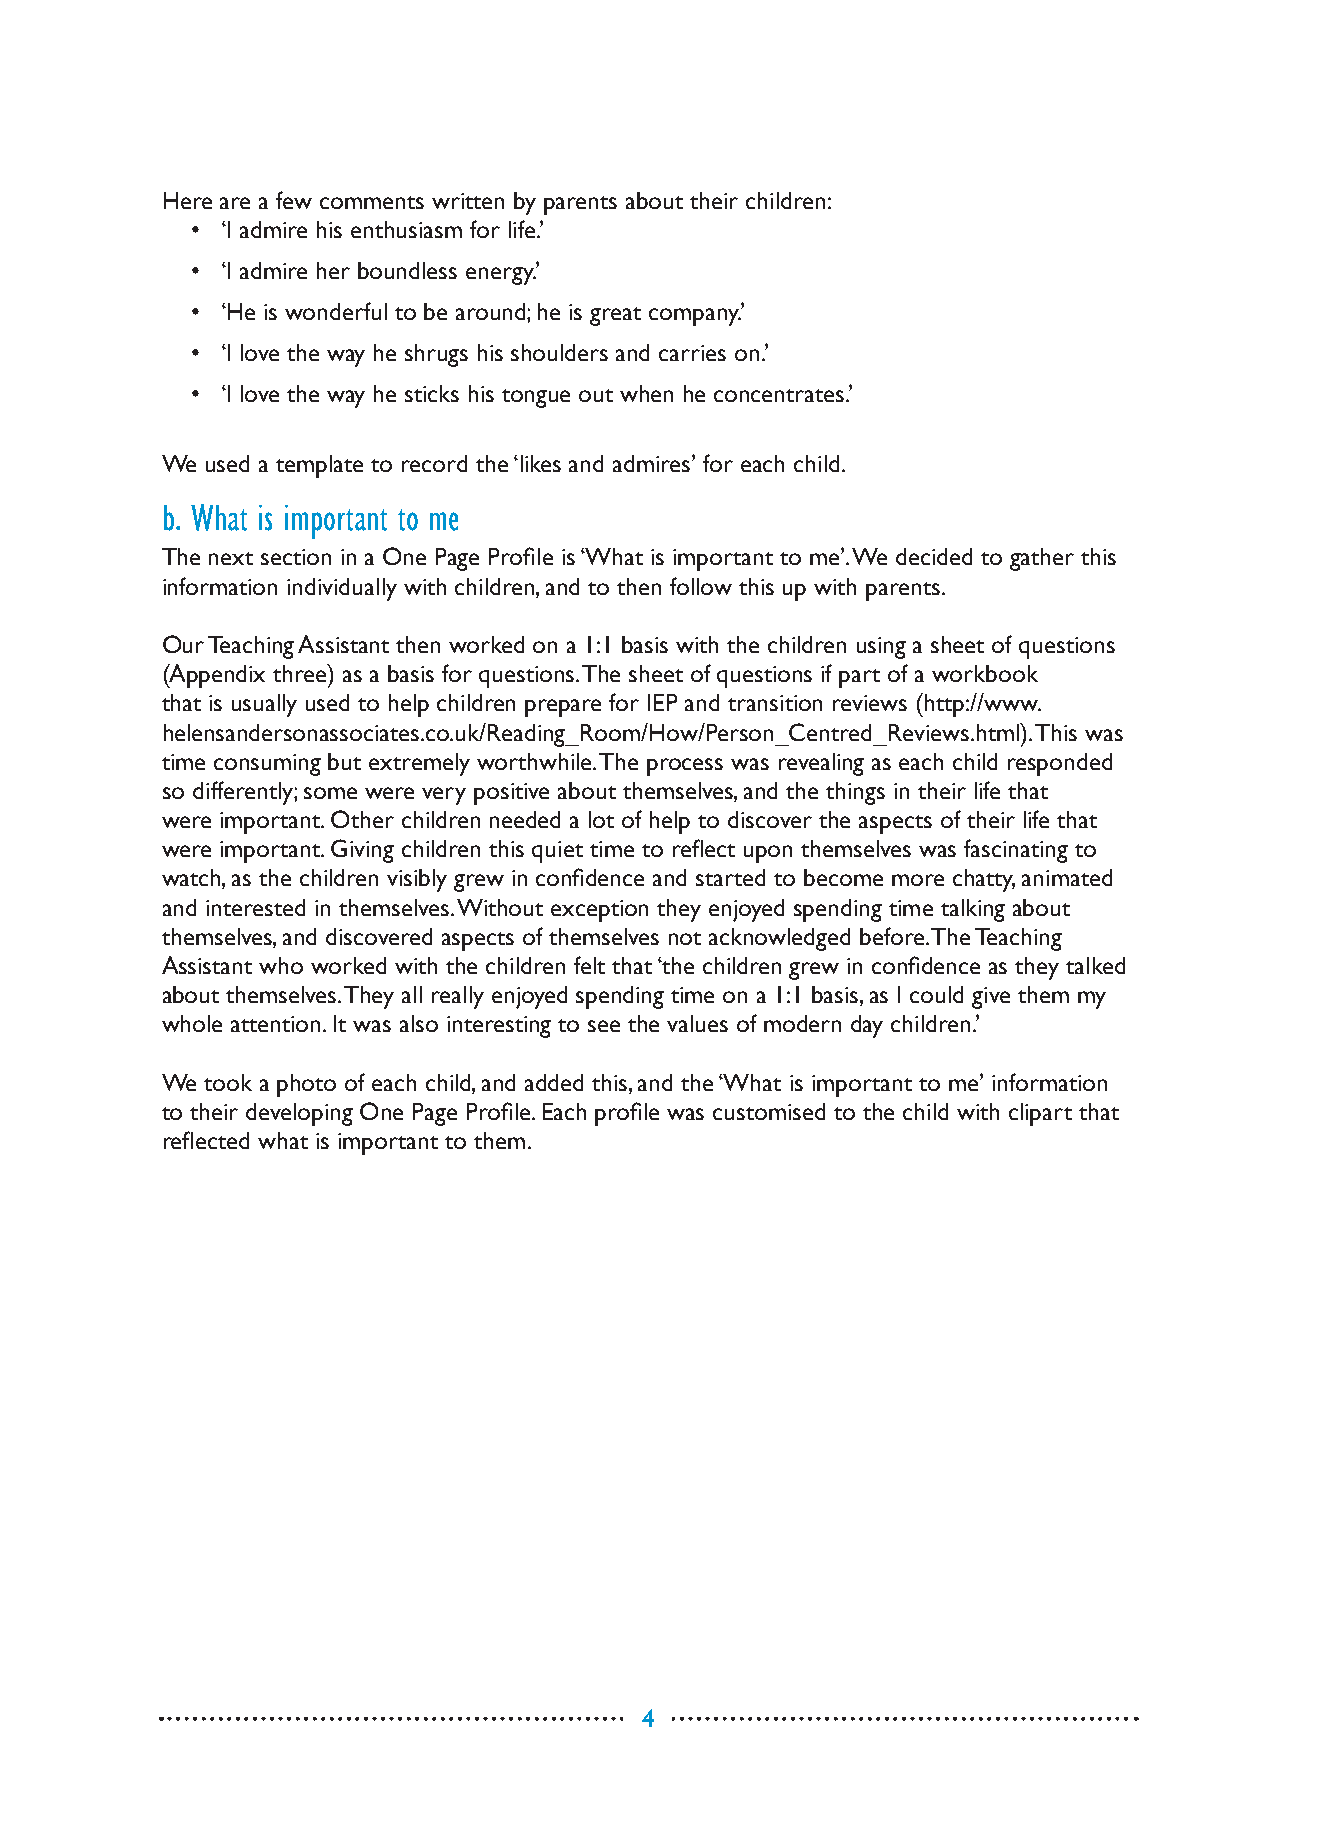
Here are a few comments written by parents about their children:
 • ‘I admire his enthusiasm for life.’
 • ‘I admire her boundless energy.’
 • ‘He is wonderful to be around; he is great company.’
 • ‘I love the way he shrugs his shoulders and carries on.’
 • ‘I love the way he sticks his tongue out when he concentrates.’
 We used a template to record the ‘likes and admires’ for each child.
 b. What is important to me
 The next section in a One Page Profile is ‘What is important to me’. We decided to gather this
 information individually with children, and to then follow this up with parents.
 Our Teaching Assistant then worked on a 1:1 basis with the children using a sheet of questions
 (Appendix three) as a basis for questions. The sheet of questions if part of a workbook
 that is usually used to help children prepare for IEP and transition reviews (http://www.
 helensandersonassociates.co.uk/Reading_Room/How/Person_Centred_Reviews.html). This was
 time consuming but extremely worthwhile. The process was revealing as each child responded
 so differently; some were very positive about themselves, and the things in their life that
 were important. Other children needed a lot of help to discover the aspects of their life that
 were important. Giving children this quiet time to reflect upon themselves was fascinating to
 watch, as the children visibly grew in confidence and started to become more chatty, animated
 and interested in themselves. Without exception they enjoyed spending time talking about
 themselves, and discovered aspects of themselves not acknowledged before. The Teaching
 Assistant who worked with the children felt that ‘the children grew in confidence as they talked
 about themselves. They all really enjoyed spending time on a 1:1 basis, as I could give them my
 whole attention. It was also interesting to see the values of modern day children.’
 We took a photo of each child, and added this, and the ‘What is important to me’ information
 to their developing One Page Profile. Each profile was customised to the child with clipart that
 reflected what is important to them.
 4